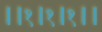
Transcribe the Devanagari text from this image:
।।१।१।१।।